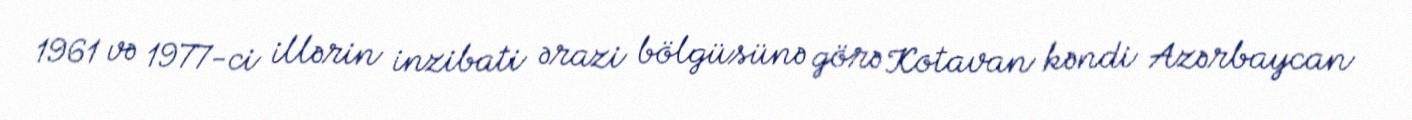
1961 və 1977-ci illərin inzibati ərazi bölgüsünə görə Kotavan kəndi Azərbaycan